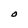
Character: O